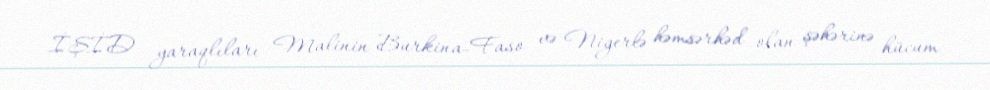
İŞİD yaraqlıları Malinin Burkina-Faso və Nigerlə həmsərhəd olan şəhərinə hücum